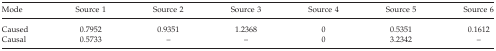
<table><thead><tr><td><b>Mode</b></td><td><b>Source 1</b></td><td><b>Source 2</b></td><td><b>Source 3</b></td><td><b>Source 4</b></td><td><b>Source 5</b></td><td><b>Source 6</b></td></tr></thead><tbody><tr><td>Caused</td><td>0.7952</td><td>0.9351</td><td>1.2368</td><td>0</td><td>0.5351</td><td>0.1612</td></tr><tr><td>Causal</td><td>0.5733</td><td>–</td><td>–</td><td>0</td><td>3.2342</td><td>–</td></tr></tbody></table>